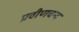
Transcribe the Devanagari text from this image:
प्रवीणचन्द